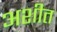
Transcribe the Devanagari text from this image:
अशीत